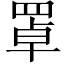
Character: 罩